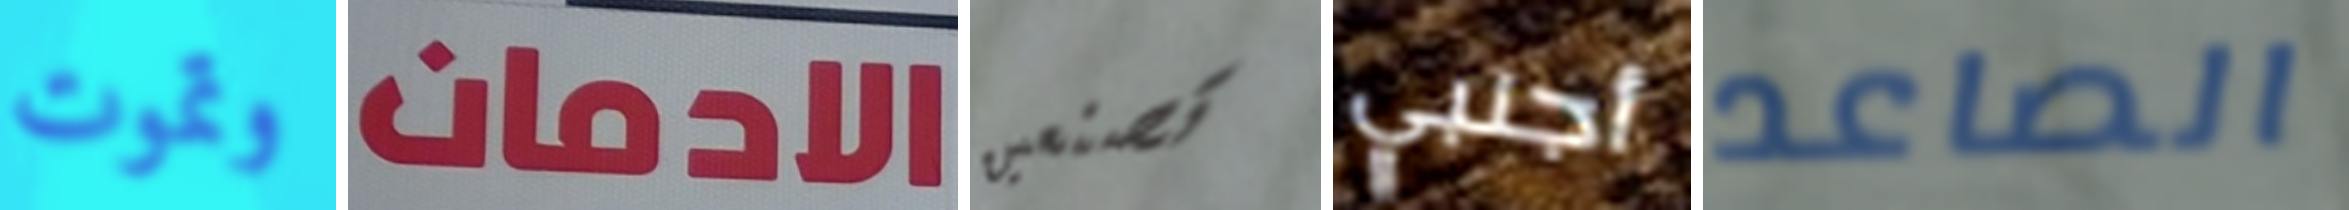
وتموت الادمان تصنعين أجنبي الصاعد